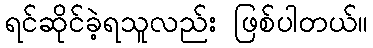
ရင်ဆိုင်ခဲ့ရသူလည်း ဖြစ်ပါတယ်။